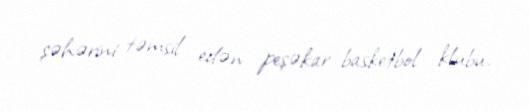
şəhərini təmsil edən peşəkar basketbol klubu.